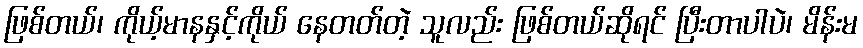
ဖြစ်တယ်၊ ကိုယ့်မာနနှင့်ကိုယ် နေတတ်တဲ့ သူလည်း ဖြစ်တယ်ဆိုရင် ပြီးတာပါပဲ၊ မိန်းမ